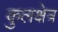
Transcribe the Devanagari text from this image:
कुलक्षेत्र